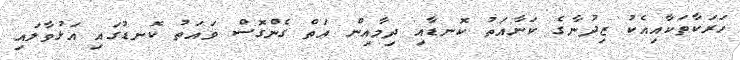
ހަރަކާތަކާއިއެކު ޒިދުނާގެ ކަނާއަތު ކޮނޑާއި ދިމާއިން އަތް ގެންގޮސް ވައަތު ކޮނޑުގައި އަޅުވާލައި